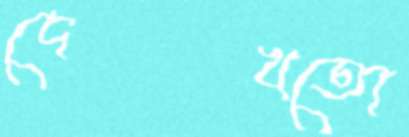
দেখতো